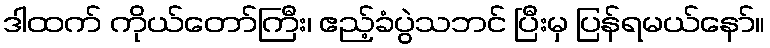
ဒါထက် ကိုယ်တော်ကြီး၊ ဧည့်ခံပွဲသဘင် ပြီးမှ ပြန်ရမယ်နော်။